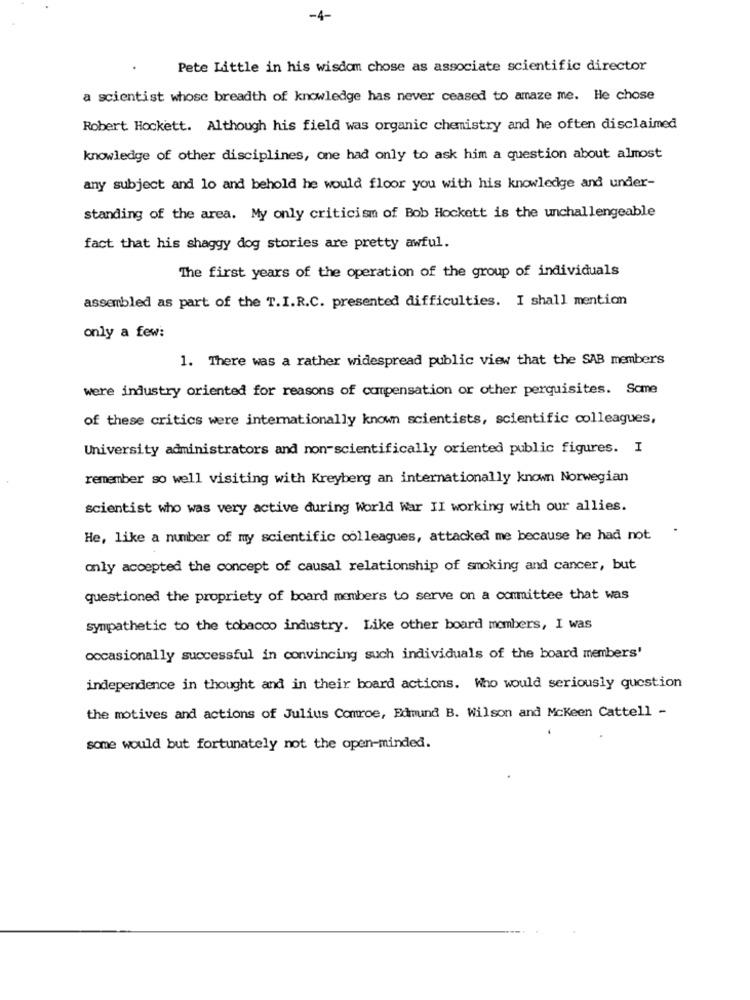
-4-
Pete Little in his wisdom chose as associate scientific director
a scientist whose breadth of knowledge has never ceased to amaze me. He chose
Robert Hockett. Although his field was organic chemistry and he often disclaimed
knowledge of other disciplines, one had only to ask him a question about almost
any subject and lo and behold he would floor you with his knowledge and under-
standing of the area. My only criticism of Bob Hockett is the unchallengeable
fact that his shaggy dog stories are pretty awful.
The first years of the operation of the group of individuals
assembled as part of the T.I.R.C. presented difficulties. I shall mention
only a few:
1. There was a rather widespread public view that the SAB members
were industry oriented for reasons of compensation or other perquisites. Some
of these critics were internationally known scientists, scientific colleagues,
University administrators and non-scientifically oriented public figures. I
remember so well visiting with Kreyberg an internationally known Norwegian
scientist who was very active during World War II working with our allies.
He, like a number of my scientific colleagues, attacked me because he had not
only accepted the concept of causal relationship of smoking and cancer, but
questioned the propriety of board members to serve on a committee that was
sympathetic to the tobacco industry. Like other board members, I was
occasionally successful in convincing such individuals of the board members'
independence in thought and in their board actions. Who would seriously question
the motives and actions of Julius Comroe, Edmund B. Wilson and Mckeen Cattell -
some would but fortunately not the open-minded.